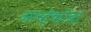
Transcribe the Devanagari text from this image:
आस्ट्रेकोडा